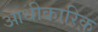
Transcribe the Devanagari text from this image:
आधीकारिक